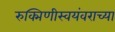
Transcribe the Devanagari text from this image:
रुक्मिणीस्वयंवराच्या